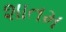
શાતમ